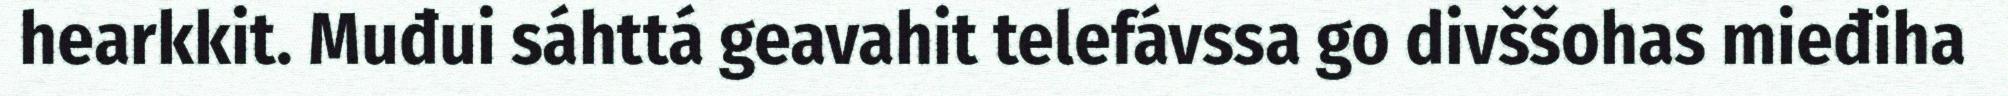
hearkkit. Muđui sáhttá geavahit telefávssa go divššohas mieđiha